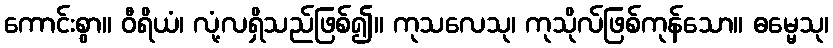
ကောင်းစွာ။ ဝီရိယံ၊ လုံ့လရှိသည်ဖြစ်၍။ ကုသလေသု၊ ကုသိုလ်ဖြစ်ကုန်သော။ ဓမ္မေသု၊